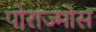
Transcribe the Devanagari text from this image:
पोराज्मोस